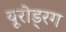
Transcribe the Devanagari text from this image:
यूरोड्रग